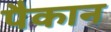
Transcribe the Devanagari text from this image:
पैकान